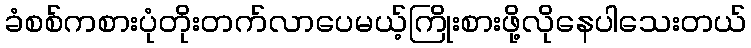
ခံစစ်ကစားပုံတိုးတက်လာပေမယ့်ကြိုးစားဖို့လိုနေပါသေးတယ်